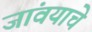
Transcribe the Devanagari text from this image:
जांवयाचे